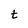
Character: t